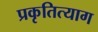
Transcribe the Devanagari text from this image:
प्रकृतित्याग